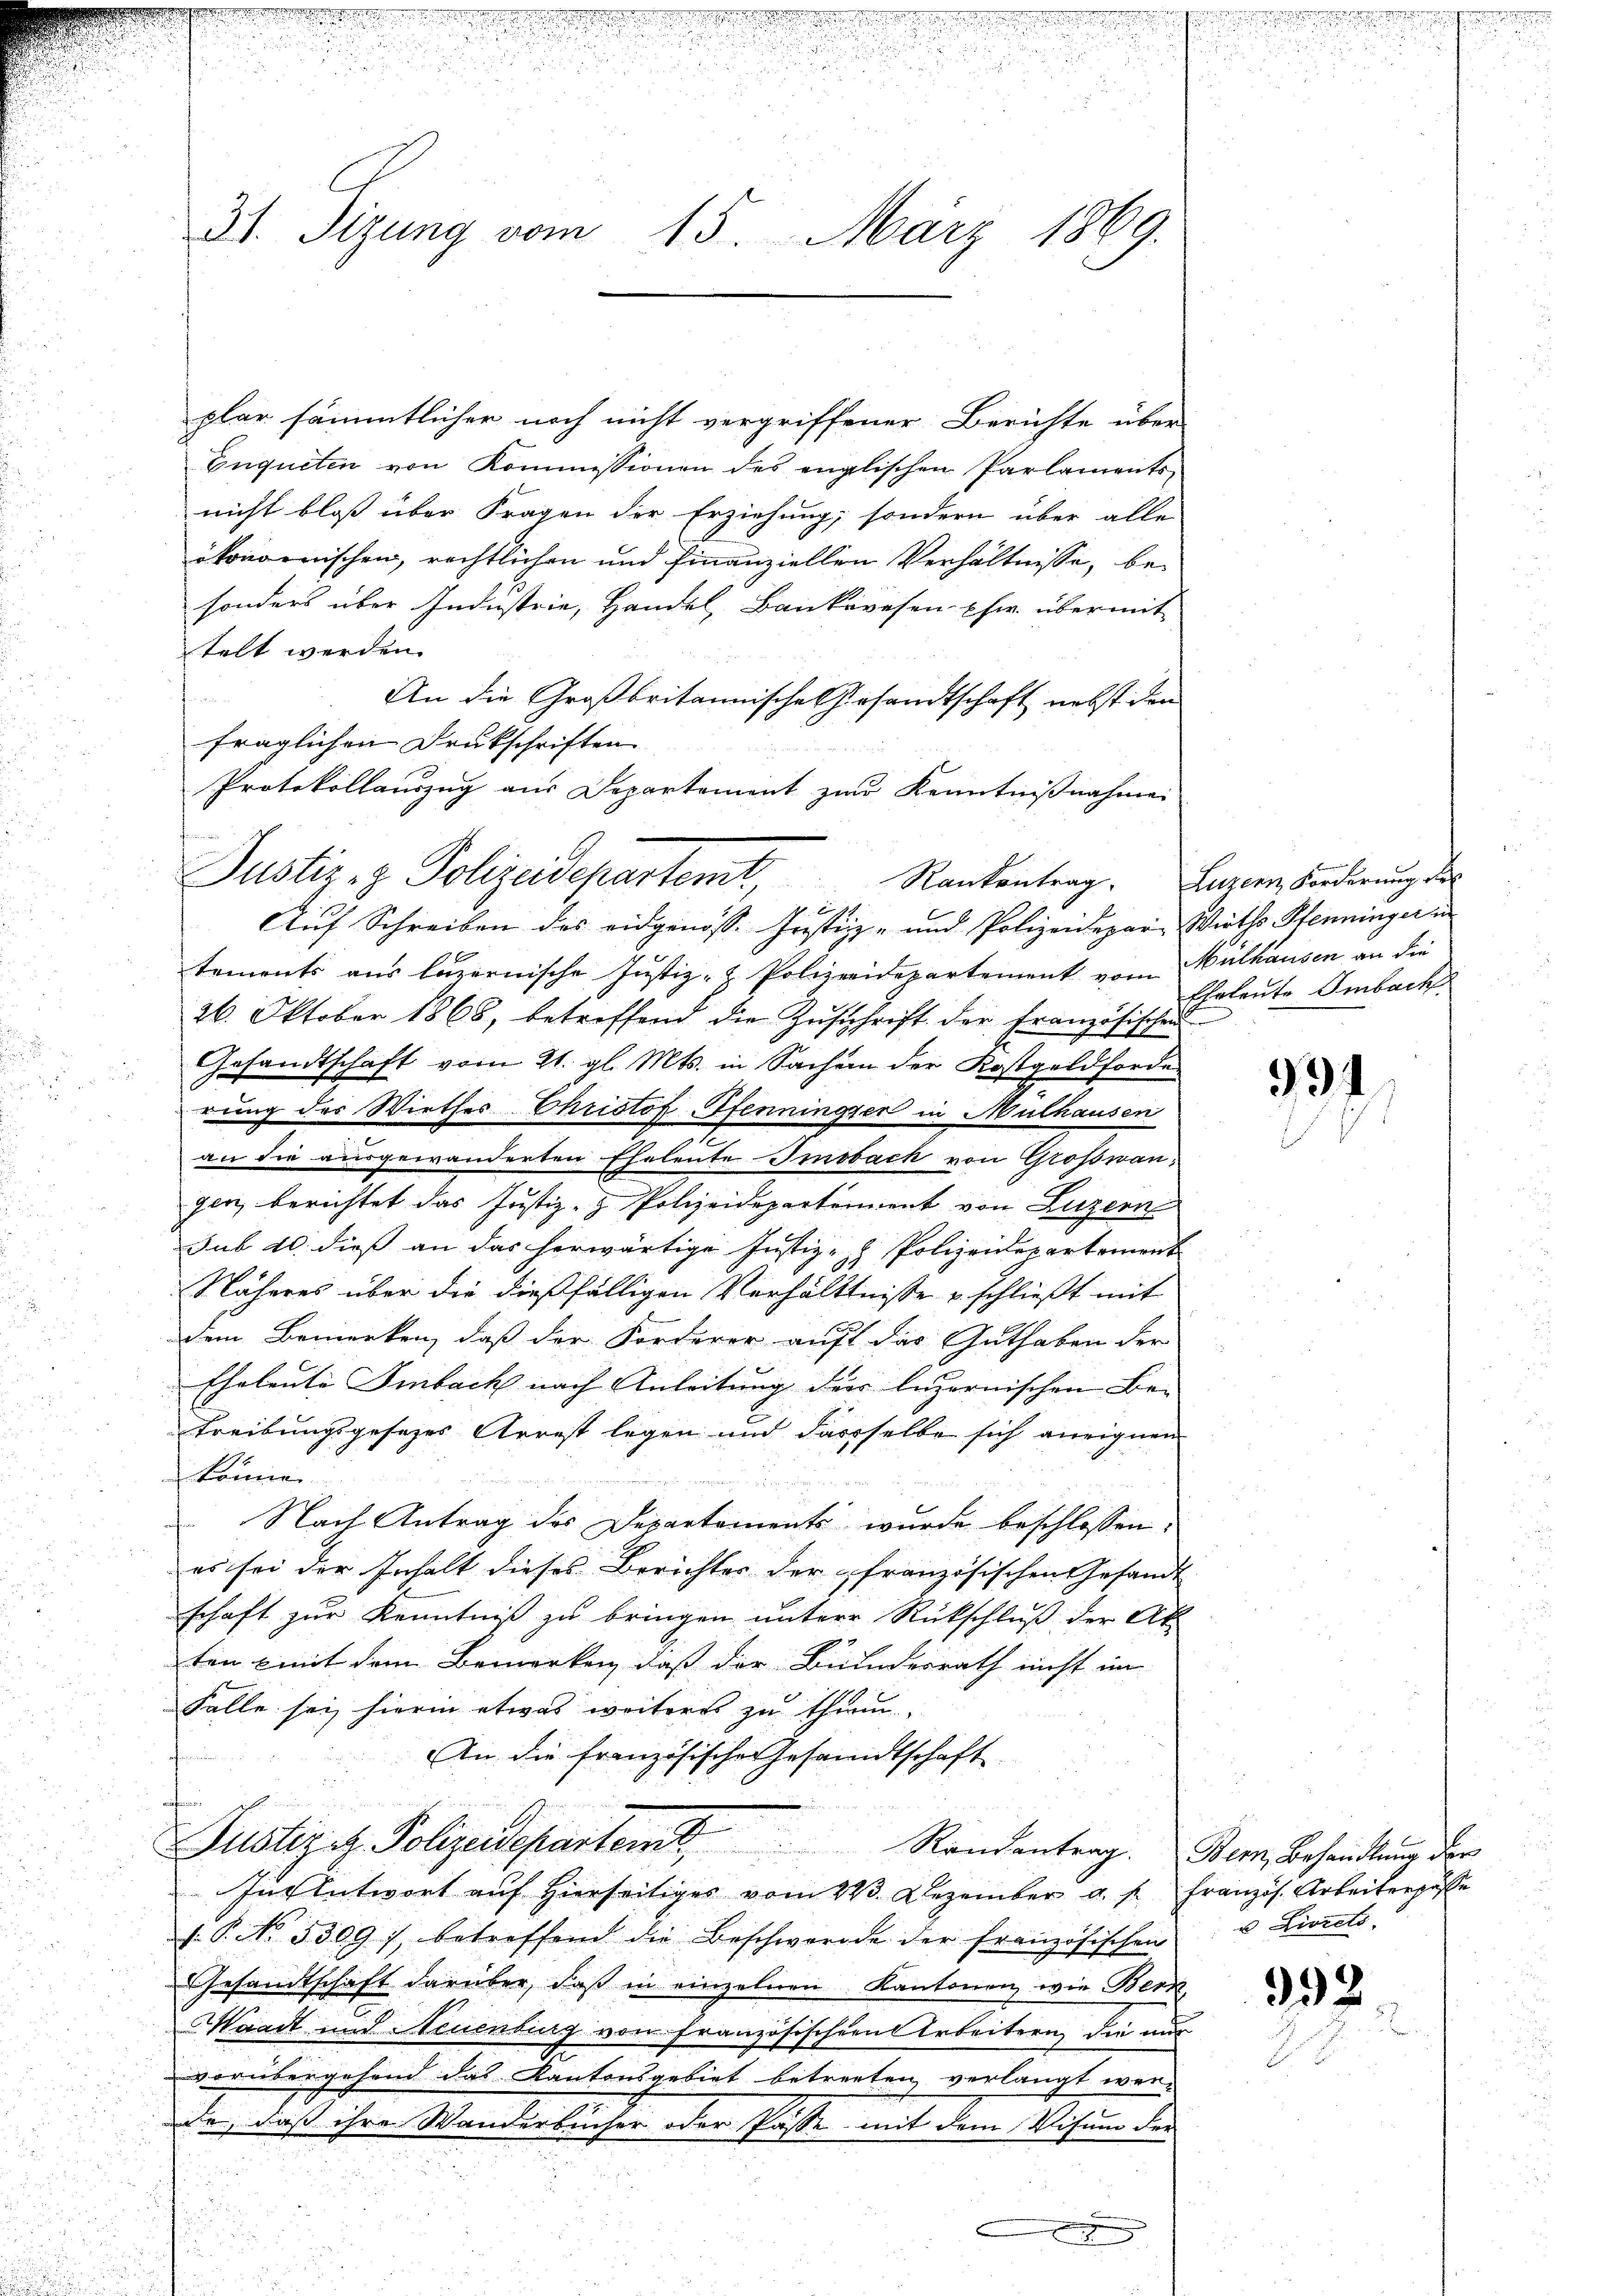
.
31. Sizung vom
15. März 1869.

Justiz- & Polizeidepartemt, Rankontrag. Luzern Forderung der
x

.

plar sämmtlicher noch nicht vergriffener Berichte über
Enqueten von Kommissionen des englischen Parlaments-
nicht bloß über Fragen der Erziehung, sondern über alle
ökonomischen, rechtlichen und finanziellen Verhältnisse, besonders über Industrie, Handel, Baukovesen Ehe übermit
telt werden.
forden
An die Großbritannische Gesandtschaft nebst den
fraglichen Deutschriften
Protokollauszug aus Departement zur Kenntnißnahme

Auf Schreiben des eidgenosse Justiz- und Polizeidepar-Wirths Pfenninger in
tements aus luzernische Justiz- & Polizeidepartement vom Malhausen an die
26. Oktober 1868, betreffend die Zuschrift der französischen
Gesandtschaft vom 21. gl. Mts. in Sachem der Kostgeldforde
rung des Wirthes Christof Pfenninger in Mülhausen
an die ausgewanderten Eheleute Imobach von Grosswangen, berichtet das Justiz- & Polizeidepartement von Luzern
sub 10 dieß an das herwärtige Justiz- & Polizeidepartement
Näheres über die dießfälligen Verhältnisse u. schließt mit
dem Bemerken, daß der Forderer auft das Guthaben der
Eheleute Imbach nach Anleitung der luzernischen Be-
Treibungsgesetzes Arrest legen und dasselbe sich aneignen
könne.
Nach Antrag des Departements wurde beschlossen:
es sei der Inhalt dieses Berichter der französischen Gesandt
schaft zur Kenntniß zu bringen untere Rückschluß der Ak
ten mit dem Bemerken, daß der Bundesrath nicht im
Falle sei hierin etwas weiteres zu thun.
An die französischen Gesandtschaft
Justiziz. Polizeidepartem Randantrag. Bern, Behandlung der
In Antwort auf hierseitiges vom 223. Dezember a. f. Französ. Arbeiterpässe
s.P. No. 5309), betreffend die Beschwerde der Französischen
Gesandtschaft darüber, daß in einzelnen Kantonen wie Bern,
Waadt und Neuenburg von Französischern Arbeitern die nur
vorübergehend das Kantonsgebiet betreiten verlangt wer-
de, daß ihre Wanderbücher oder Pässe mit dem Visum der
d
d

x

Eheleute Ambach

991

u Livrels.

392